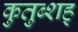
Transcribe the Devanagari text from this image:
कुतुब्शह्